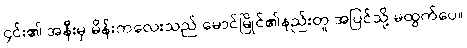
၄င်း၏ အနီးမှ မိန်းကလေးသည် မောင်မြိုင်၏နည်းတူ အပြင်သို့ မထွက်ပေ။